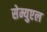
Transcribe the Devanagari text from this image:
सेम्युएल